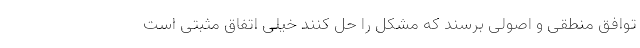
توافق منطقی و اصولی برسند که مشکل را حل کنند خیلی اتفاق مثبتی است